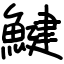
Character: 鰎